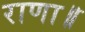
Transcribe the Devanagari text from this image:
राणा॥